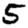
Digit: 5